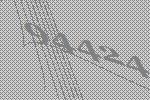
94424